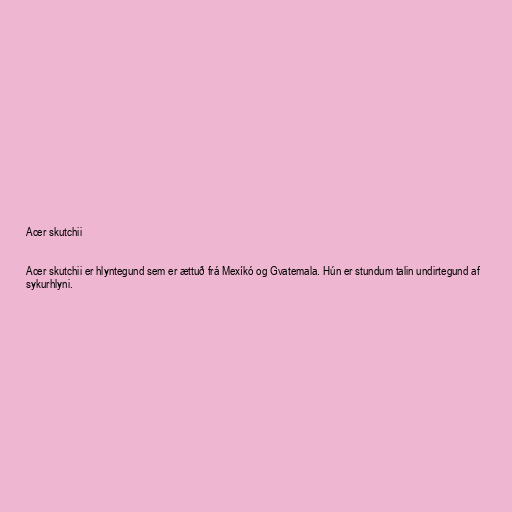
Acer skutchii

Acer skutchii er hlyntegund sem er ættuð frá Mexíkó og Gvatemala. Hún er stundum talin undirtegund af
sykurhlyni.